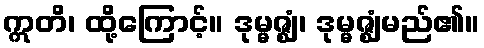
ဣတိ၊ ထို့ကြောင့်။ ဒုမ္မဇ္ဈံ၊ ဒုမ္မဇ္ဈံမည်၏။